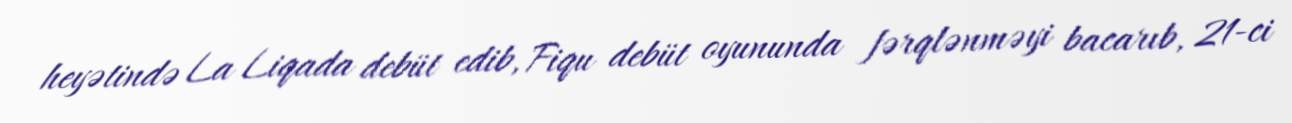
heyətində La Liqada debüt edib, Fiqu debüt oyununda fərqlənməyi bacarıb, 21-ci